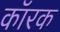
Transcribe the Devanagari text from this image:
कॉरक